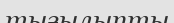
тығылыпты